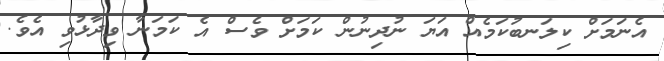
އެނަމަަށް ކިލަނބުކަމެއް އަޔަ ނުދިނުން ކަމަށް ވެސް އެ ކަމަނާ ވިދާޅުވި އެވެ.